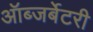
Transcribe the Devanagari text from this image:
ऑब्जर्बेटरी